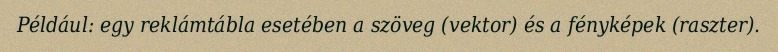
Például: egy reklámtábla esetében a szöveg (vektor) és a fényképek (raszter).